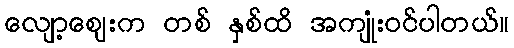
လျော့ဈေးက တစ် နှစ်ထိ အကျုံးဝင်ပါတယ်။